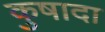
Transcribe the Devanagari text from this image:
कुषादा